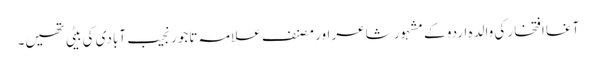
آغا افتخار کی والدہ اردو کے مشہور شاعر اور مصنف علامہ تاجور نجیب آبادی کی بیٹی تھیں۔